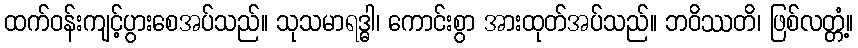
ထက်ဝန်းကျင့်ပွားစေအပ်သည်။ သုသမာရဒ္ဓါ၊ ကောင်းစွာ အားထုတ်အပ်သည်။ ဘဝိဿတိ၊ ဖြစ်လတ္တံ့။